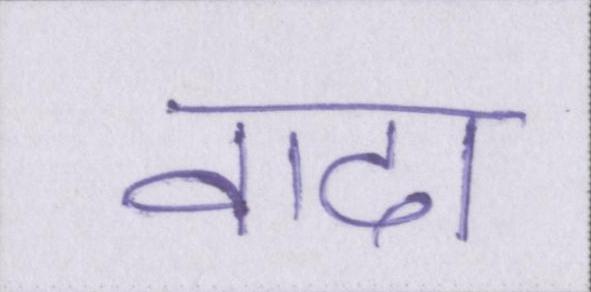
वादा